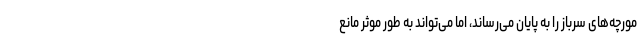
مورچه‌های سرباز را به پایان می‌رساند، اما می‌تواند به طور موثر مانع